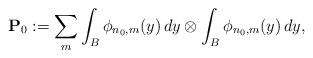
LaTeX: \begin{align*}{\bf{P}}_0 := \sum_{m} \int_{B}\phi_{n_{0},m}(y)\,dy\otimes\int_{B}\phi_{n_{0},m}(y)\,dy, \end{align*}